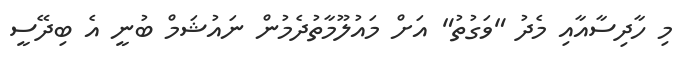
މި ހާދިސާއާއި މެދު "ވަގުތު" އަށް މައުލޫމާތުދެމުން ނައުޝަމް ބުނީ އެ ބިދޭސީ